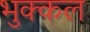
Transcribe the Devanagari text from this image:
भुक्कल